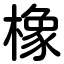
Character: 橡